Annual report of the Punjab Veterinary College and of the Civil Veterinary Department, Punjab - 1920-1925
Year: 1920
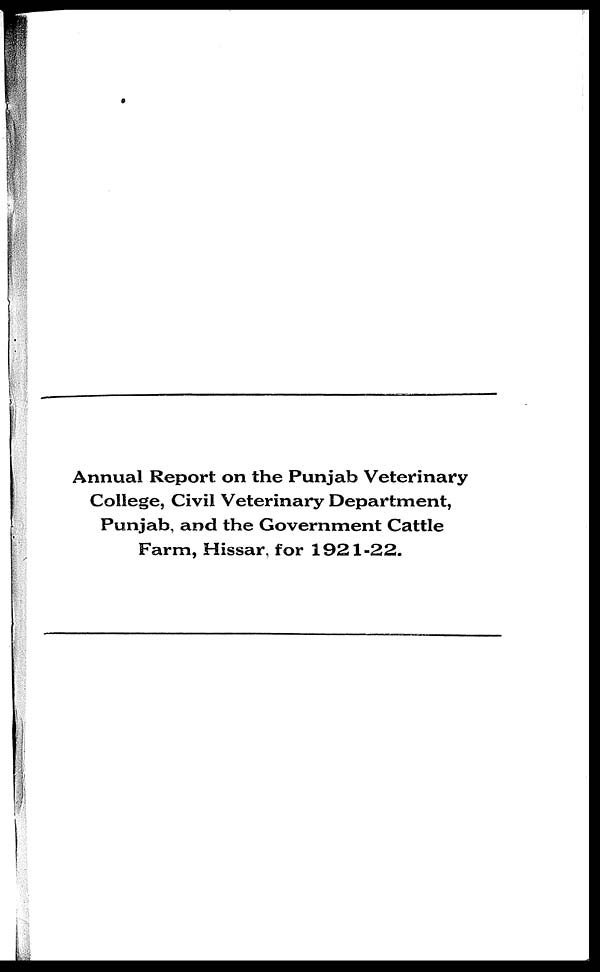
Annual Report on the Punjab Veterinary
College, Civil Veterinary Department,
Punjab, and the Government Cattle
Farm, Hissar, for 1921-22.